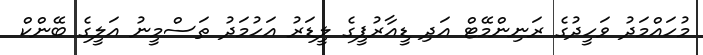
މުހައްމަދު ވަހީދުގެ ރަނިންމޭޓް އަދި ޑީއާރުޕީގެ ލީޑަރު އަހުމަދު ތަސްމީނު އަލީގެ ބޭންކް